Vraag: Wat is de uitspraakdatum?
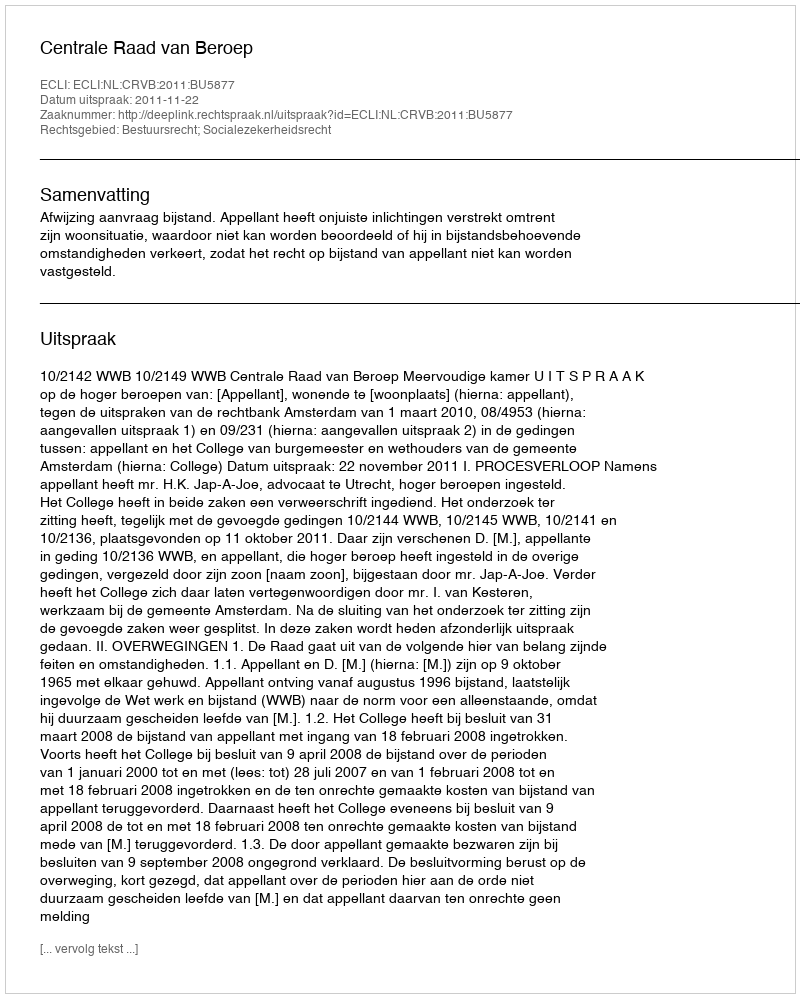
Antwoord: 2011-11-22